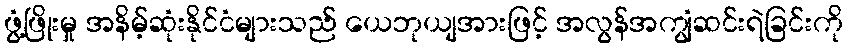
ဖွံ့ဖြိုးမှု အနိမ့်ဆုံးနိုင်ငံများသည် ယေဘုယျအားဖြင့် အလွန်အကျွံဆင်းရဲခြင်းကို